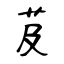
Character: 芨